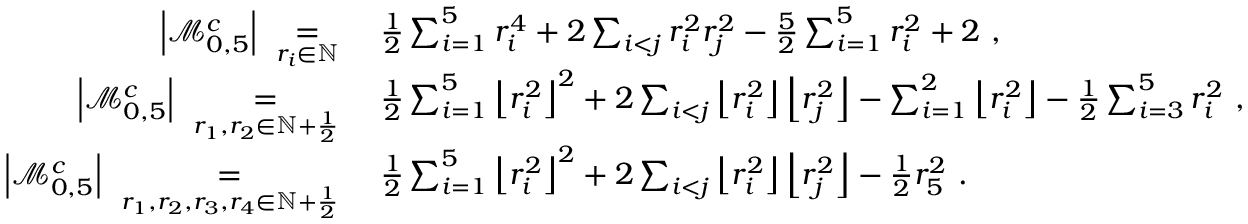
\begin{array} { r l } { \left| \mathcal { M } _ { 0 , 5 } ^ { c } \right| \ \underset { r _ { i } \in \mathbb { N } } { = } \ } & { \frac 1 2 \sum _ { i = 1 } ^ { 5 } r _ { i } ^ { 4 } + 2 \sum _ { i < j } r _ { i } ^ { 2 } r _ { j } ^ { 2 } - \frac 5 2 \sum _ { i = 1 } ^ { 5 } r _ { i } ^ { 2 } + 2 \ , } \\ { \left| \mathcal { M } _ { 0 , 5 } ^ { c } \right| \ \underset { r _ { 1 } , r _ { 2 } \in \mathbb { N } + \frac 1 2 } { = } \ } & { \frac 1 2 \sum _ { i = 1 } ^ { 5 } \left\lfloor r _ { i } ^ { 2 } \right\rfloor ^ { 2 } + 2 \sum _ { i < j } \left\lfloor r _ { i } ^ { 2 } \right\rfloor \left\lfloor r _ { j } ^ { 2 } \right\rfloor - \sum _ { i = 1 } ^ { 2 } \left\lfloor r _ { i } ^ { 2 } \right\rfloor - \frac 1 2 \sum _ { i = 3 } ^ { 5 } r _ { i } ^ { 2 } \ , } \\ { \left| \mathcal { M } _ { 0 , 5 } ^ { c } \right| \ \underset { r _ { 1 } , r _ { 2 } , r _ { 3 } , r _ { 4 } \in \mathbb { N } + \frac 1 2 } { = } \ } & { \frac 1 2 \sum _ { i = 1 } ^ { 5 } \left\lfloor r _ { i } ^ { 2 } \right\rfloor ^ { 2 } + 2 \sum _ { i < j } \left\lfloor r _ { i } ^ { 2 } \right\rfloor \left\lfloor r _ { j } ^ { 2 } \right\rfloor - \frac 1 2 r _ { 5 } ^ { 2 } \ . } \end{array}